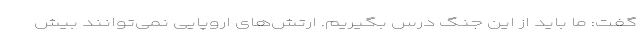
گفت: ما باید از این جنگ درس بگیریم. ارتش‌های اروپایی نمی‌توانند بیش